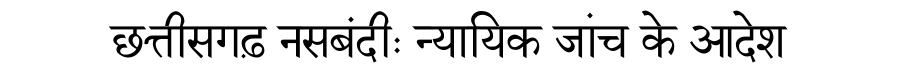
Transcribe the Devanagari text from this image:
छत्तीसगढ़ नसबंदीः न्यायिक जांच के आदेश